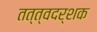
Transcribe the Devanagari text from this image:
तत्त्वदर्शक